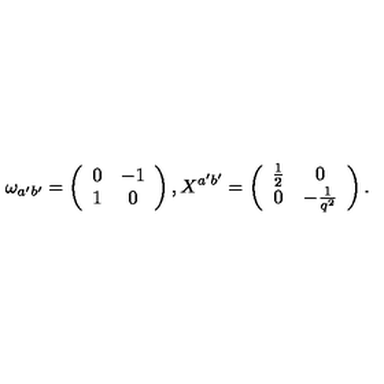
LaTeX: \omega _ { a ^ { \prime } b ^ { \prime } } = \left( \begin{array} { c c } { 0 } & { - 1 } \\ { 1 } & { 0 } \\ \end{array} \right) , X ^ { a ^ { \prime } b ^ { \prime } } = \left( \begin{array} { c c } { \frac { 1 } { 2 } } & { 0 } \\ { 0 } & { - \frac { 1 } { q ^ { 2 } } } \\ \end{array} \right) .